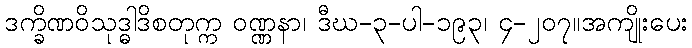
ဒက္ခိဏဝိသုဒ္ဓါဒိစတုက္က ဝဏ္ဏနာ၊ ဒီဃ-၃-ပါ-၁၉၃၊ ၄-၂၀၇။အကျိုးပေး